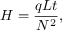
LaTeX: H = { \frac { q L t } { N ^ { 2 } } } ,